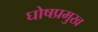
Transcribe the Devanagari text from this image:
घोषप्रमुख